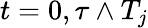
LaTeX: t=0,\tau\wedge T_{j}